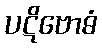
ပဋိဗောဓံ